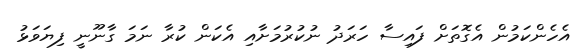
އެހެންކަމުން އެގޮތަށް ފައިސާ ހަރަދު ނުކުރުމަށާއި އެކަން ކުރާ ނަމަ ގާނޫނީ ފިޔަވަޅު